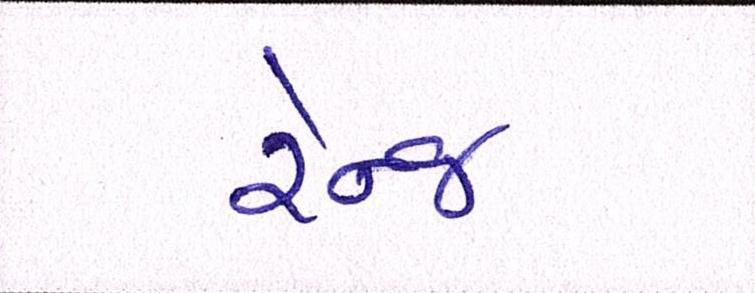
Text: રેન્જ